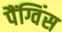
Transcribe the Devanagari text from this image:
पैंग्विंस